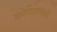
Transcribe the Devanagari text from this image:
करणारांमध्यें